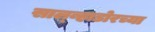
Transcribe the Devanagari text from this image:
साल्व्हाडोरच्या